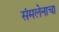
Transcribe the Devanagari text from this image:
संमलेनाचा